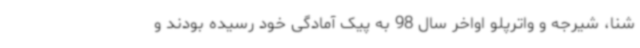
شنا، شیرجه و واترپلو اواخر سال 98 به پیک آمادگی خود رسیده بودند و